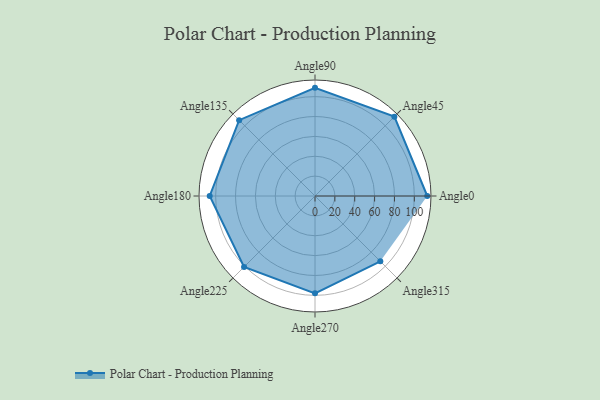
{"axis": {"x": "Angle", "y": "Radius"}, "legend": [""], "data": [{"x": "Angle0", "y": 113.0, "type": ""}, {"x": "Angle45", "y": 113.0, "type": ""}, {"x": "Angle90", "y": 109.0, "type": ""}, {"x": "Angle135", "y": 108.0, "type": ""}, {"x": "Angle180", "y": 106.0, "type": ""}, {"x": "Angle225", "y": 101.0, "type": ""}, {"x": "Angle270", "y": 98.0, "type": ""}, {"x": "Angle315", "y": 93.0, "type": ""}]}